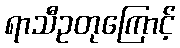
ရာသီဥတုကြောင့်